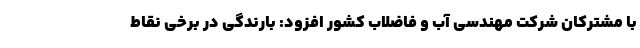
با مشترکان شرکت مهندسی آب و فاضلاب کشور افزود:‌ بارندگی در برخی نقاط